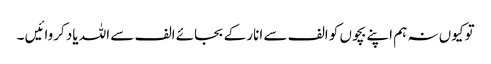
تو کیوں نہ ہم اپنے بچوں کو الف سے انار کے بجائے الف سے اللہ یاد کروائیں ۔